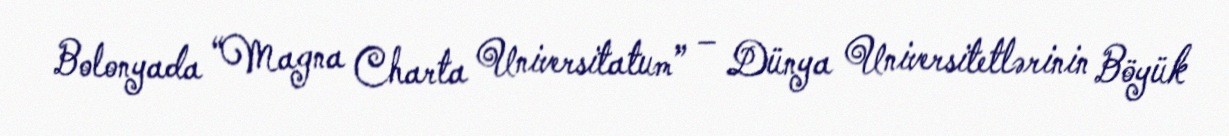
Bolonyada “Magna Charta Universitatum” – Dünya Universitetlərinin Böyük